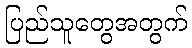
ပြည်သူတွေအတွက်